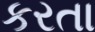
કરતા